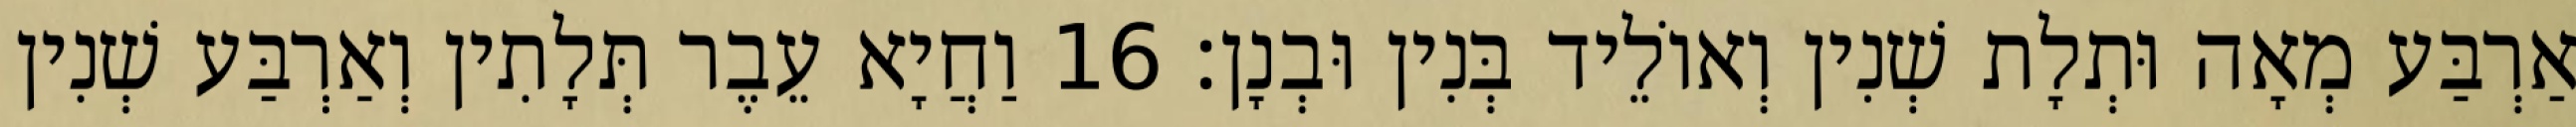
אַרְבַּע מְאָה וּתְלָת שְׁנִין וְאוֹלֵיד בְּנִין וּבְנָן׃ 16 וַחֲיָא עֵבֶר תְּלָתִין וְאַרְבַּע שְׁנִין